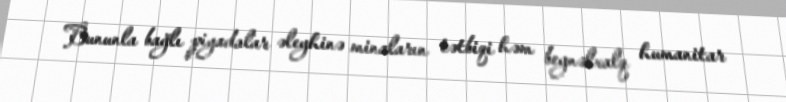
Bununla bağlı piyadalar əleyhinə minaların tətbiqi həm beynəlxalq humanitar